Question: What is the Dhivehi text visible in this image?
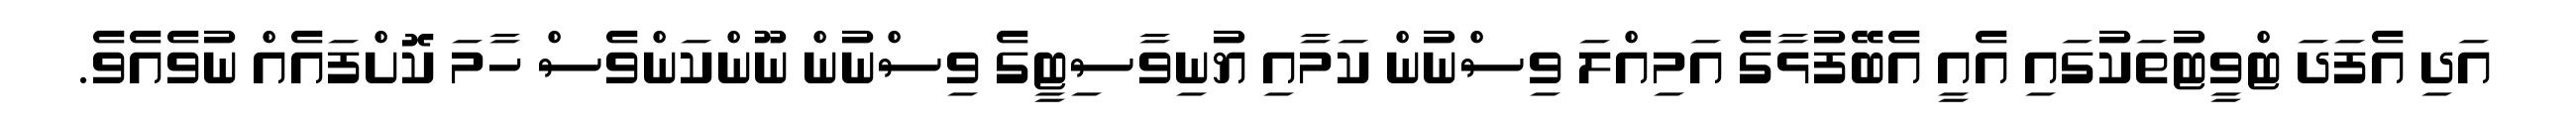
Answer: އަދި އެފަދަ ޓްވީޓުތަކުގައި އެއީ އެބޭފުޅާގެ އަމިއްލަ ވިސްނުން ކަމާއި ޔުނިވާސިޓީގެ ވިސްނުން ނޫންކަންވެސް ހާމަ ކޮށްފައެއް ނުވެއެވެ.